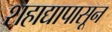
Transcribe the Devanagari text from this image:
शहाद्यापासून